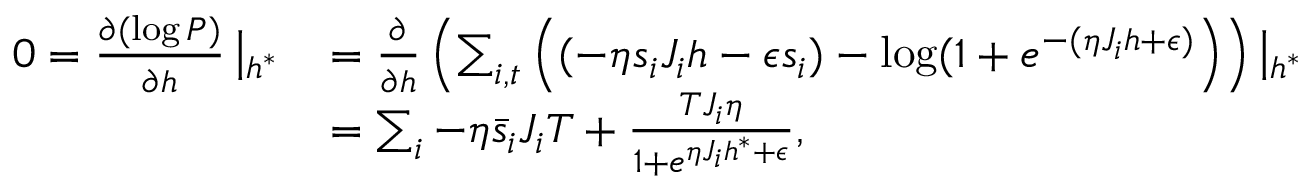
\begin{array} { r l } { 0 = \frac { \partial ( \log P ) } { \partial h } \left| _ { h ^ { * } } \right. } & { = \frac { \partial } { \partial h } \left( \sum _ { i , t } \left( ( - \eta s _ { i } J _ { i } h - \epsilon s _ { i } ) - \log ( 1 + e ^ { - ( \eta J _ { i } h + \epsilon ) } \right) \right) \left| _ { h ^ { * } } \right. } \\ & { = \sum _ { i } - \eta \bar { s } _ { i } J _ { i } T + \frac { T J _ { i } \eta } { 1 + e ^ { \eta J _ { i } h ^ { * } + \epsilon } } , } \end{array}